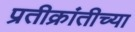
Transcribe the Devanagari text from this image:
प्रतीक्रांतीच्या